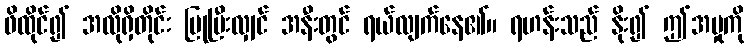
ဖိထိုင်၍ အလိုရှိတိုင်း ပြုပြီးလျှင် အနီးတွင် ရယ်လျက်နေ၏။ ရဟန်းသည် နိုး၍ ဤအမှုကို